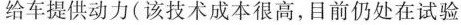
给车提供动力(该技术成本很高，目前仍处在试验